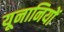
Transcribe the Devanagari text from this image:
यूनानियों